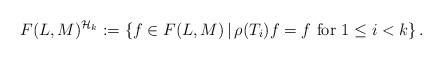
LaTeX: \begin{align*}F(L, M)^{\mathcal{H}_{k}}:=\left\{f \in F(L, M) \, | \, \rho(T_{i})f=f \,\, \hbox{for} \,\, 1\le i<k \right\}. \end{align*}